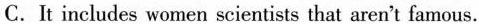
C. It ineludes women scientists that aren't famous.